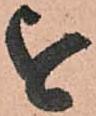
を